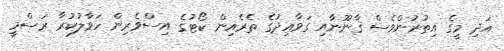
އަދި މީގެ އިތުރުންވެސް ޤާނޫނާއި ގަވާއިދުގެ ތެރެއިން ކޯޓުގެ އިސްވެރިން ހަވާލުކުރާ ރަސްމީ